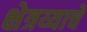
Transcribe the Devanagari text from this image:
क्षेत्रय्याचे